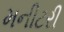
મનીટરી